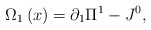
\begin{align*}\Omega _1 \left( x \right) = \partial _1 \Pi ^1 - J^0 ,\end{align*}